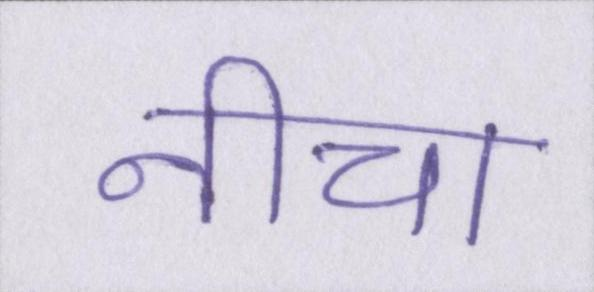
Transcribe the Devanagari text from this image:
नीचा